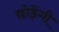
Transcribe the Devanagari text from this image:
छोड़ेंगी